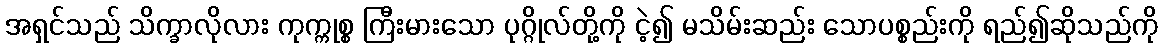
အရှင်သည် သိက္ခာလိုလား ကုက္ကုစ္စ ကြီးမားသော ပုဂ္ဂိုလ်တို့ကို ငဲ့၍ မသိမ်းဆည်း သောပစ္စည်းကို ရည်၍ဆိုသည်ကို